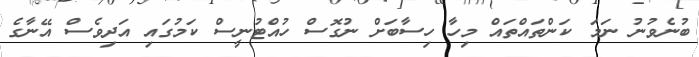
ބުނެވުނު ނަމަ ކަންތައްތައް މިހާ ހިސާބަށް ނުގޮސް ހުއްޓުނީސް ކަމުގައި އަދިވެސް އޭނާގެ